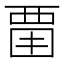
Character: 𧟮